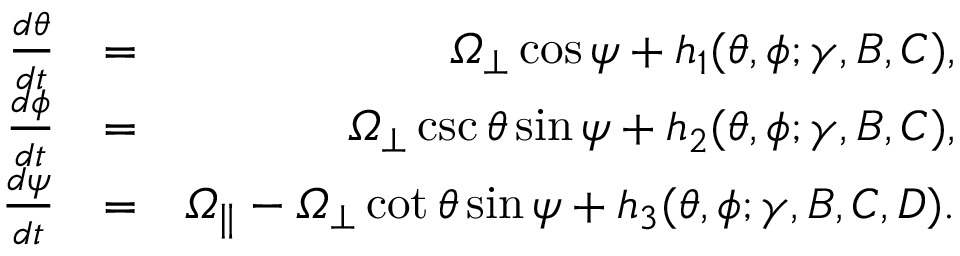
\begin{array} { r l r } { \frac { d \theta } { d t } } & { = } & { \itOmega _ { \perp } \cos \psi + h _ { 1 } ( \theta , \phi ; \gamma , B , C ) , } \\ { \frac { d \phi } { d t } } & { = } & { \itOmega _ { \perp } \csc \theta \sin \psi + h _ { 2 } ( \theta , \phi ; \gamma , B , C ) , } \\ { \frac { d \psi } { d t } } & { = } & { \itOmega _ { \| } - \itOmega _ { \perp } \cot \theta \sin \psi + h _ { 3 } ( \theta , \phi ; \gamma , B , C , D ) . } \end{array}